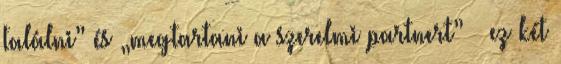
találni” és „megtartani a szerelmi partnert” – ez két